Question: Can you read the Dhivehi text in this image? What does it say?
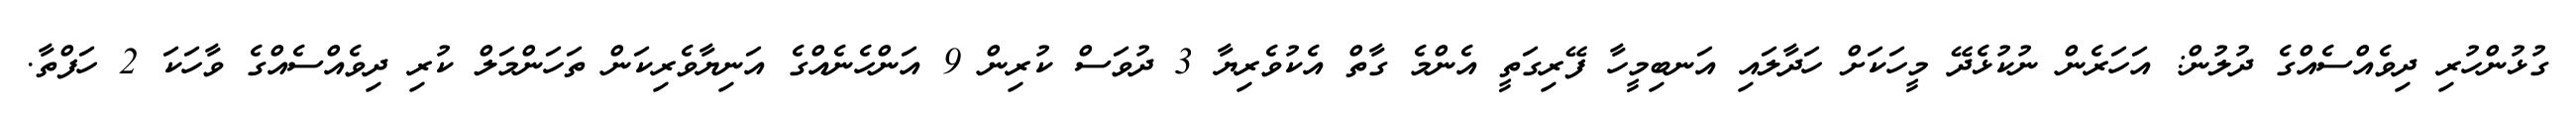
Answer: ގުޅުންހުރި ދިވެއްސެއްގެ ދުލުން: އަހަރެން ނުކުޅެދޭ މީހަކަށް ހަދާލައި އަނބިމީހާ ފޭރިގަތީ އެންމެ ގާތް އެކުވެރިޔާ 3 ދުވަސް ކުރިން 9 އަންހެނެއްގެ އަނިޔާވެރިކަން ތަހަންމަލް ކުރި ދިވެއްސެއްގެ ވާހަކަ 2 ހަފްތާ.